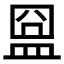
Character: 𥁰